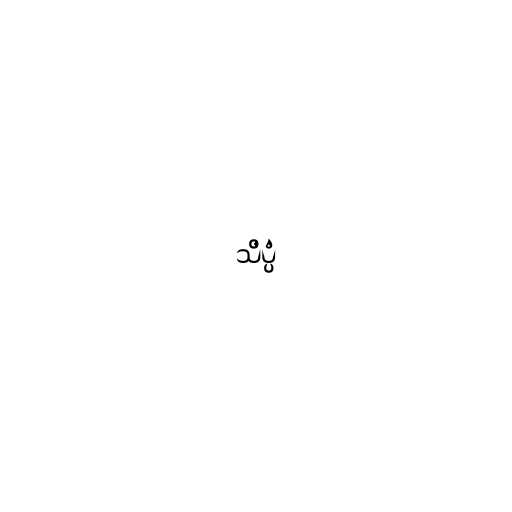
သိပ္ပံ